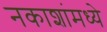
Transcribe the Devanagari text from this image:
नकाशांमध्ये